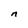
Character: n